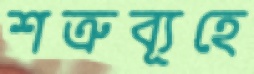
শত্রুব্যূহে